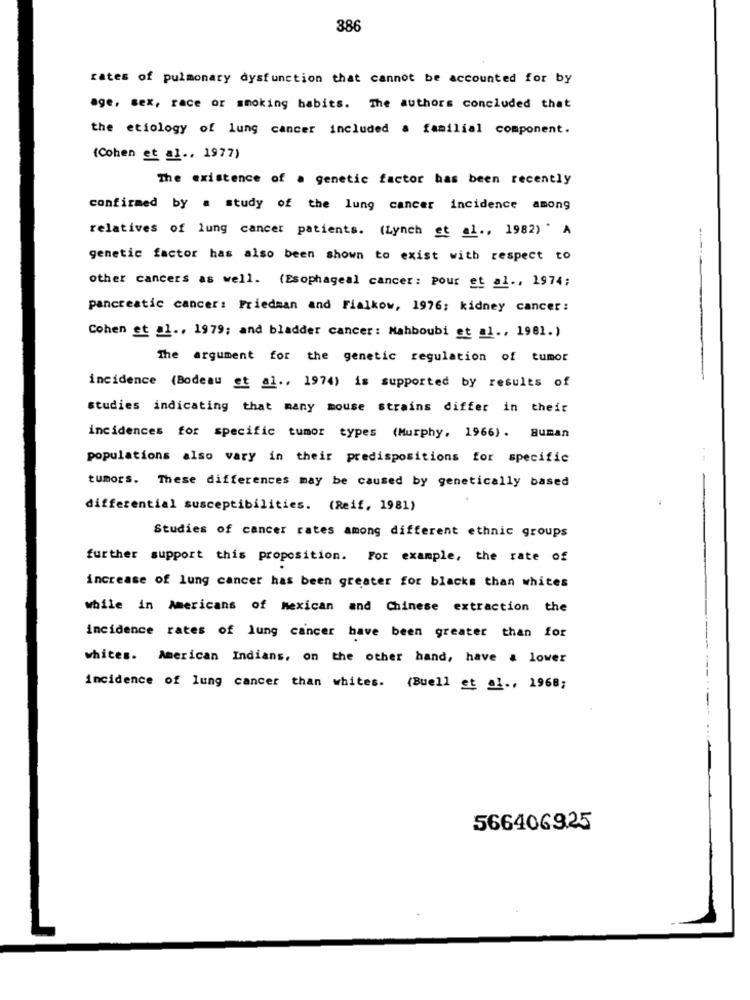
386
rates of pulmonary dysfunction that cannot be accounted for by
age, sex, race or smoking habits. The authors concluded that
the etiology of lung cancer included a familial component.
(Cohen et al ., 1977)
The existence of a genetic factor has been recently
confirmed by a study of the lung cancer incidence among
relatives of lung cancer patients. (Lynch et al ., 1982) . A
genetic factor has also been shown to exist with respect to
other cancers as well. (Esophageal cancer: pour et al ., 1974;
pancreatic cancer: Friedman and Fialkow, 1976: kidney cancer:
Cohen et al ., 1979; and bladder cancer: Nahboubi et al ., 1981.)
The argument for the genetic regulation of tumor
incidence (Bodeau et al ., 1974) is supported by results of
studies indicating that many mouse strains differ in their
incidences for specific tumor types (Murphy, 1966). Buman
populations also vary in their predispositions for specific
tumors. These differences may be caused by genetically based
differential susceptibilities. (Reif, 1981)
Studies of cancer rates among different ethnic groups
further support this proposition. For example, the rate of
increase of lung cancer has been greater for blacks than whites
while in Americans of Mexican and Chinese extraction the
incidence rates of lung cancer have been greater than for
whites. American Indians, on the other hand, have a lower
incidence of lung cancer than whites. (Buell et al ., 1968;
566406925